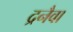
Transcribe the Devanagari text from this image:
द्रनैवा